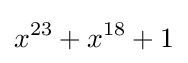
x^{23}+x^{18}+1